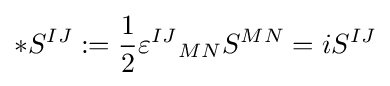
*S^{IJ}:={1 \over 2}{\varepsilon ^{IJ}}_{MN}S^{MN}=iS^{IJ}